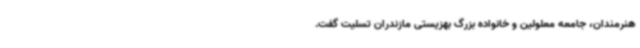
هنرمندان، جامعه معلولین و خانواده بزرگ بهزیستی مازندران تسلیت گفت.